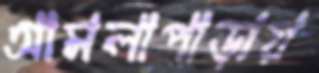
আমলাপাড়ায়